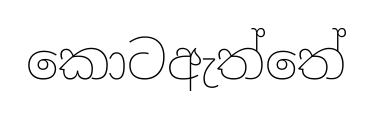
කොටඇත්තේ